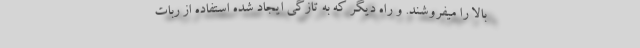
بالا را میفروشند. و راه دیگر که به تازگی ایجاد شده استفاده از ربات